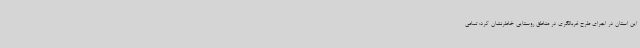
این استان در اجرای طرح غربالگری در مناطق روستایی خاطرنشان کرد: تمامی